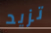
تزيد